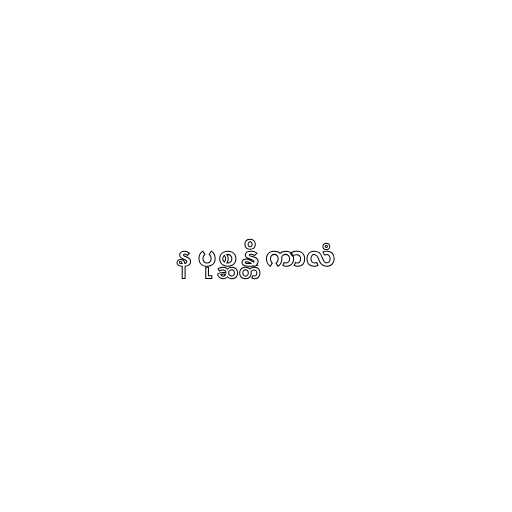
န ပုစ္ဆန္တိ ကာလံ